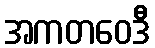
အကတဝေဒီ